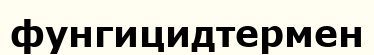
фунгицидтермен